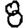
Digit: 8